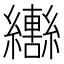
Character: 𬘍